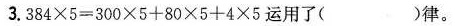
3.$$3 8 4 \times 5 = 3 0 0 \times 5 + 8 0 \times 5 + 4 \times 5$$运用了( )律。